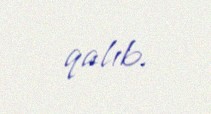
qalıb.